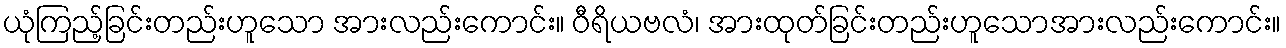
ယုံကြည့်ခြင်းတည်းဟူသော အားလည်းကောင်း။ ဝီရိယဗလံ၊ အားထုတ်ခြင်းတည်းဟူသောအားလည်းကောင်း။